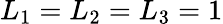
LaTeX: L_{1}=L_{2}=L_{3}=1